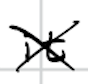
Text: it
Cross-out: cross
Writing tool: digital_black